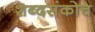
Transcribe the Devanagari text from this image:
शब्दसंकोच